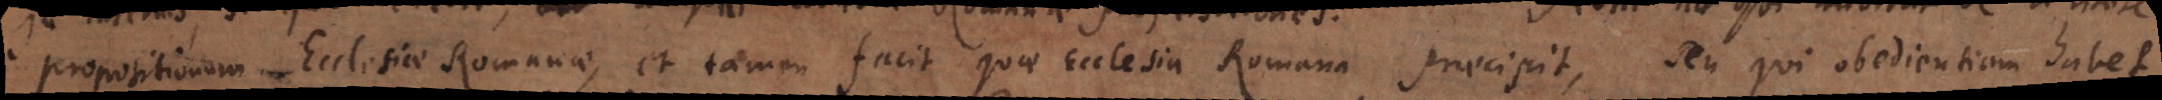
positionum Ecclesiae Romanae, et tamen facit quae Ecclesia Romana praecipit, seu qui obedientiam habet